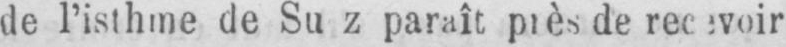
paraît près de recevoir